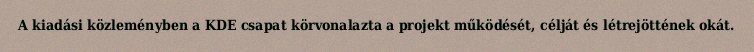
A kiadási közleményben a KDE csapat körvonalazta a projekt működését, célját és létrejöttének okát.